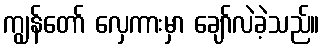
ကျွန်တော် လှေကားမှာ ချော်လဲခဲ့သည်။